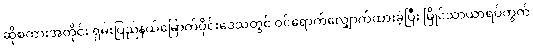
ဆိုစကားအတိုင်း ရှမ်းပြည်နယ်မြောက်ပိုင်းဒေသတွင် ဝင်ရောက်လျှောက်ထားခဲ့ပြီး မြိုင်သာယာရပ်ကွက်